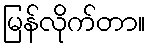
မြန်လိုက်တာ။